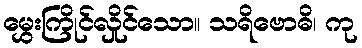
မွှေးကြိုင်လှိုင်သော။ သရိဗောဓိ၊ ကု